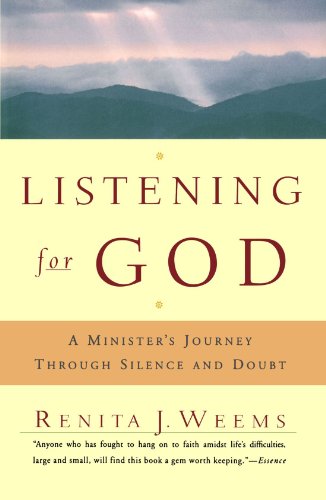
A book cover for Listening For God: A Ministers Journey Through Silence And Doubt; Renita J. Weems; Christian Books & Bibles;